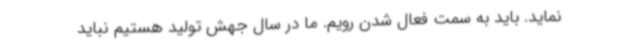
نماید. باید به سمت فعال شدن رویم. ما در سال جهش تولید هستیم نباید